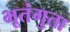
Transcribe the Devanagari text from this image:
भूतंगुता